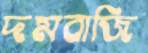
দমবাজি